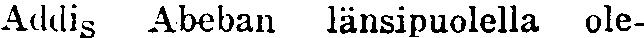
Addis Abeban länsipuolella ole-